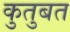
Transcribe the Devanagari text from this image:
कुतुबत